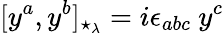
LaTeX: [y^{a},y^{b}]_{\star_{\lambda}}=i\epsilon_{abc}\ y^{c}